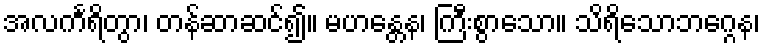
အလင်္ကရိတွာ၊ တန်ဆာဆင်၍။ မဟန္တေန၊ ကြီးစွာသော။ သိရိသောဘဂ္ဂေန၊